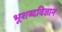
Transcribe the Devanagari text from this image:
भूशब्दविज्ञान